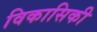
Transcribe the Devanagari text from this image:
विकासिकी